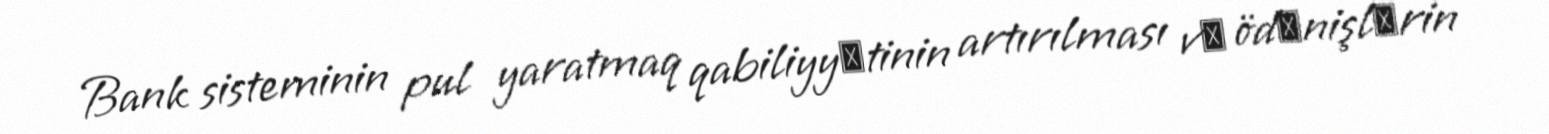
Bank sisteminin pul yaratmaq qabiliyyәtinin artırılması vә ödәnişlәrin